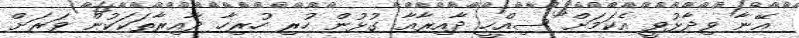
އޭނާ ވިދާޅުވީ އެކަމަށް ސިއްހީ ދާއިރާއާ ގުޅުން ހުރި ހުރިހާ ދާއިރާތަކަކުން ވަރަށް